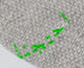
احتجنا